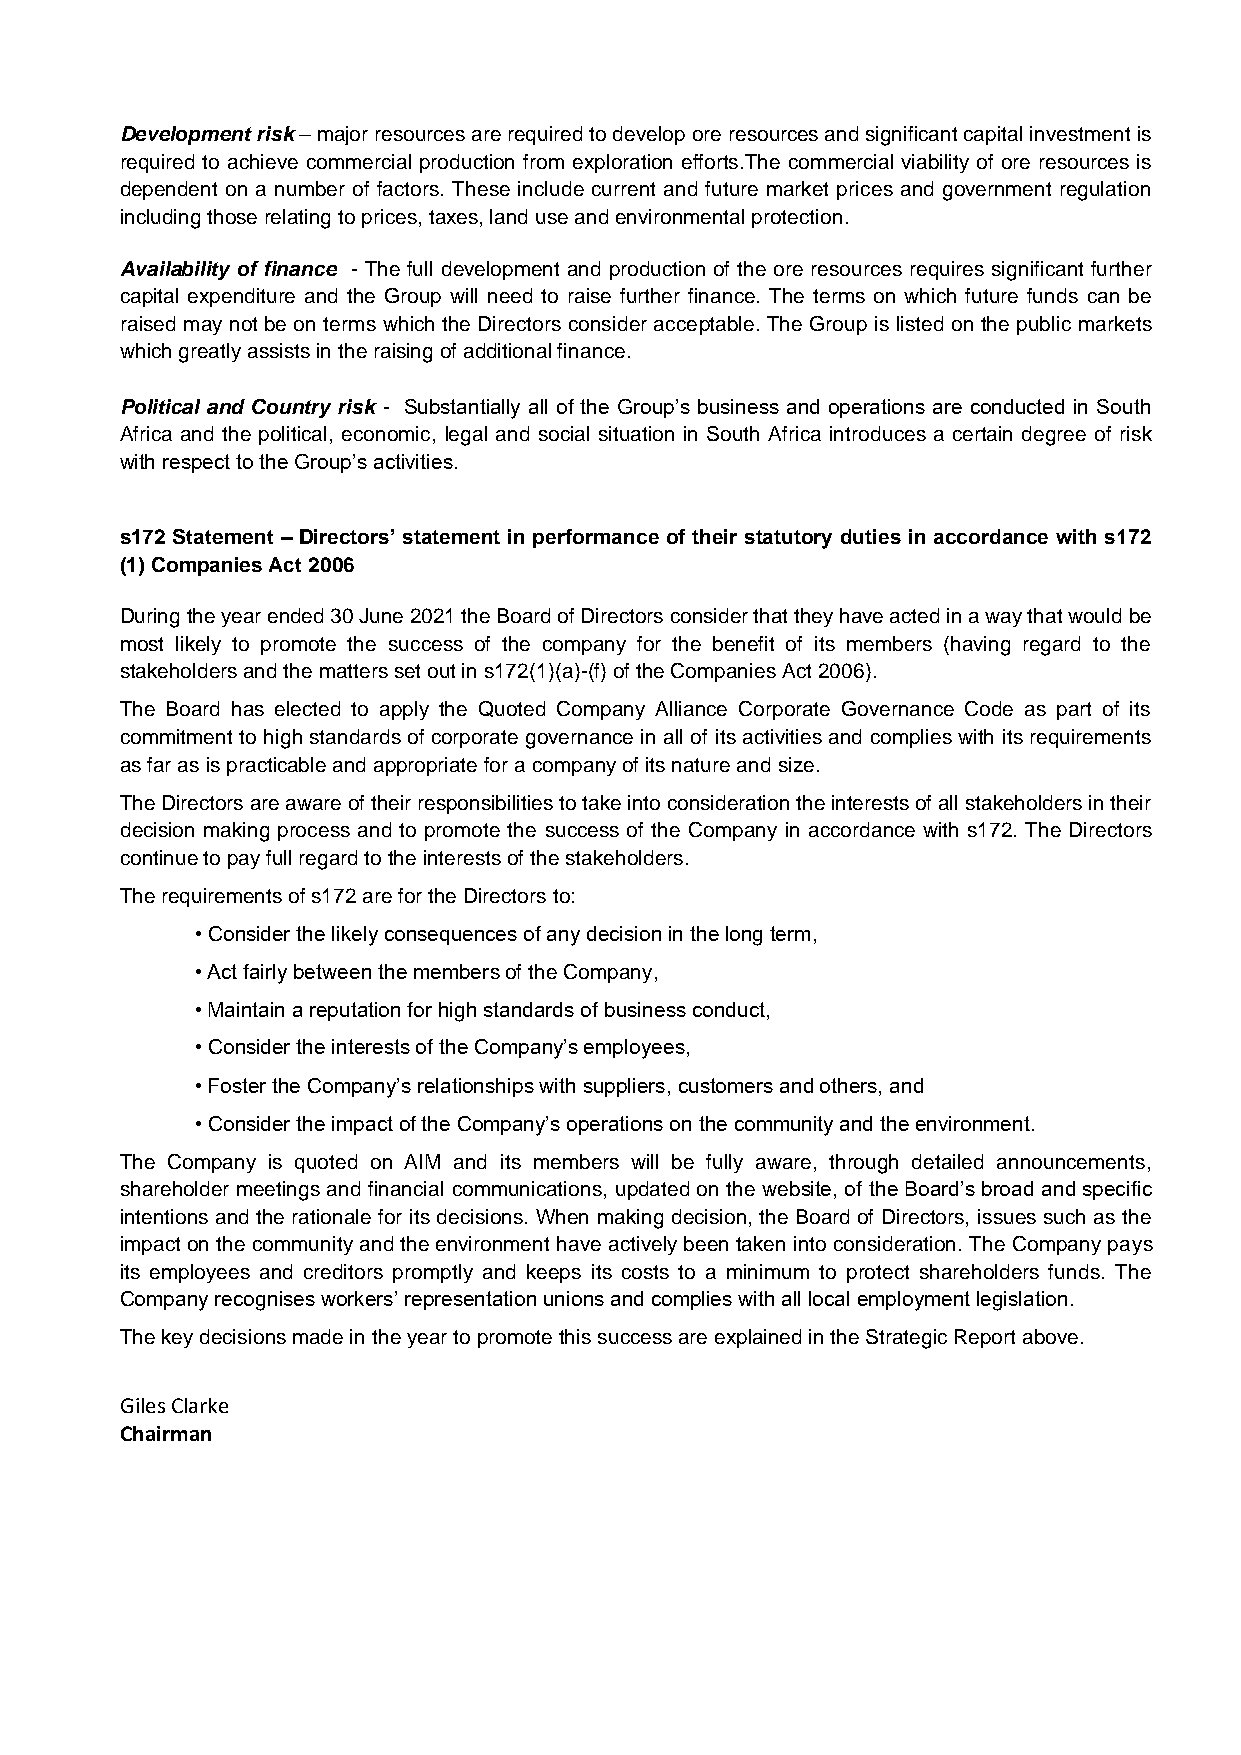
Development risk – major resources are required to develop ore resources and significant capital investment is
 required to achieve commercial production from exploration efforts.The commercial viability of ore resources is
 dependent on a number of factors. These include current and future market prices and government regulation
 including those relating to prices, taxes, land use and environmental protection.
 Availability of finance - The full development and production of the ore resources requires significant further
 capital expenditure and the Group will need to raise further finance. The terms on which future funds can be
 raised may not be on terms which the Directors consider acceptable. The Group is listed on the public markets
 which greatly assists in the raising of additional finance.
 Political and Country risk - Substantially all of the Group’s business and operations are conducted in South
 Africa and the political, economic, legal and social situation in South Africa introduces a certain degree of risk
 with respect to the Group’s activities.
 s172 Statement – Directors’ statement in performance of their statutory duties in accordance with s172
 (1) Companies Act 2006
 During the year ended 30 June 2021 the Board of Directors consider that they have acted in a way that would be
 most likely to promote the success of the company for the benefit of its members (having regard to the
 stakeholders and the matters set out in s172(1)(a)-(f) of the Companies Act 2006).
 The Board has elected to apply the Quoted Company Alliance Corporate Governance Code as part of its
 commitment to high standards of corporate governance in all of its activities and complies with its requirements
 as far as is practicable and appropriate for a company of its nature and size.
 The Directors are aware of their responsibilities to take into consideration the interests of all stakeholders in their
 decision making process and to promote the success of the Company in accordance with s172. The Directors
 continue to pay full regard to the interests of the stakeholders.
 The requirements of s172 are for the Directors to:
 • Consider the likely consequences of any decision in the long term,
 • Act fairly between the members of the Company,
 • Maintain a reputation for high standards of business conduct,
 • Consider the interests of the Company’s employees,
 • Foster the Company’s relationships with suppliers, customers and others, and
 • Consider the impact of the Company’s operations on the community and the environment.
 The Company is quoted on AIM and its members will be fully aware, through detailed announcements,
 shareholder meetings and financial communications, updated on the website, of the Board’s broad and specific
 intentions and the rationale for its decisions. When making decision, the Board of Directors, issues such as the
 impact on the community and the environment have actively been taken into consideration. The Company pays
 its employees and creditors promptly and keeps its costs to a minimum to protect shareholders funds. The
 Company recognises workers’ representation unions and complies with all local employment legislation.
 The key decisions made in the year to promote this success are explained in the Strategic Report above.
 Giles Clarke
 Chairman